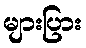
များပြား